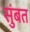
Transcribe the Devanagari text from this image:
सुंबत